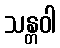
သန္တဝါ